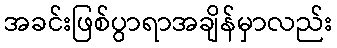
အခင်းဖြစ်ပွာရာအချိန်မှာလည်း